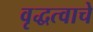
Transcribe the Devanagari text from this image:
वृद्धत्वाचे